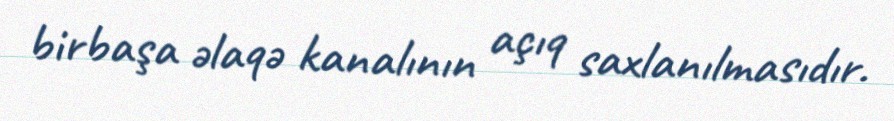
birbaşa əlaqə kanalının açıq saxlanılmasıdır.